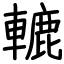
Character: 轆